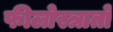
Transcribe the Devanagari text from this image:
फीलोस्त्रातो